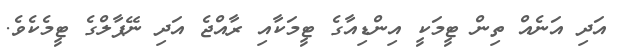
އަދި އަނެއް ތިން ޓީމަކީ އިންޑިއާގެ ޓީމަކާއި ރާއްޖެ އަދި ނޭޕާލްގެ ޓީމެކެވެ.